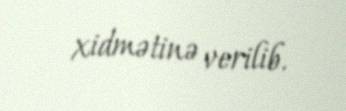
xidmətinə verilib.